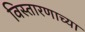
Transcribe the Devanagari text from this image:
विस्तारणाच्या